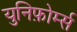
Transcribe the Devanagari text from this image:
युनिफ़ोर्म्स